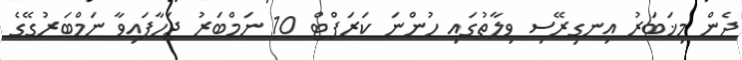
ދެން މިޚަބަރު އިނގިރޭސި ވިލާތުގައި ހުންނަ ކަރަޕްޓް 10 ނަމްބަރު ޖަހާފައިވާ ނަމްބަރުގޭގެ